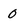
Character: O